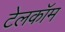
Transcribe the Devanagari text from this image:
टेलकॉम